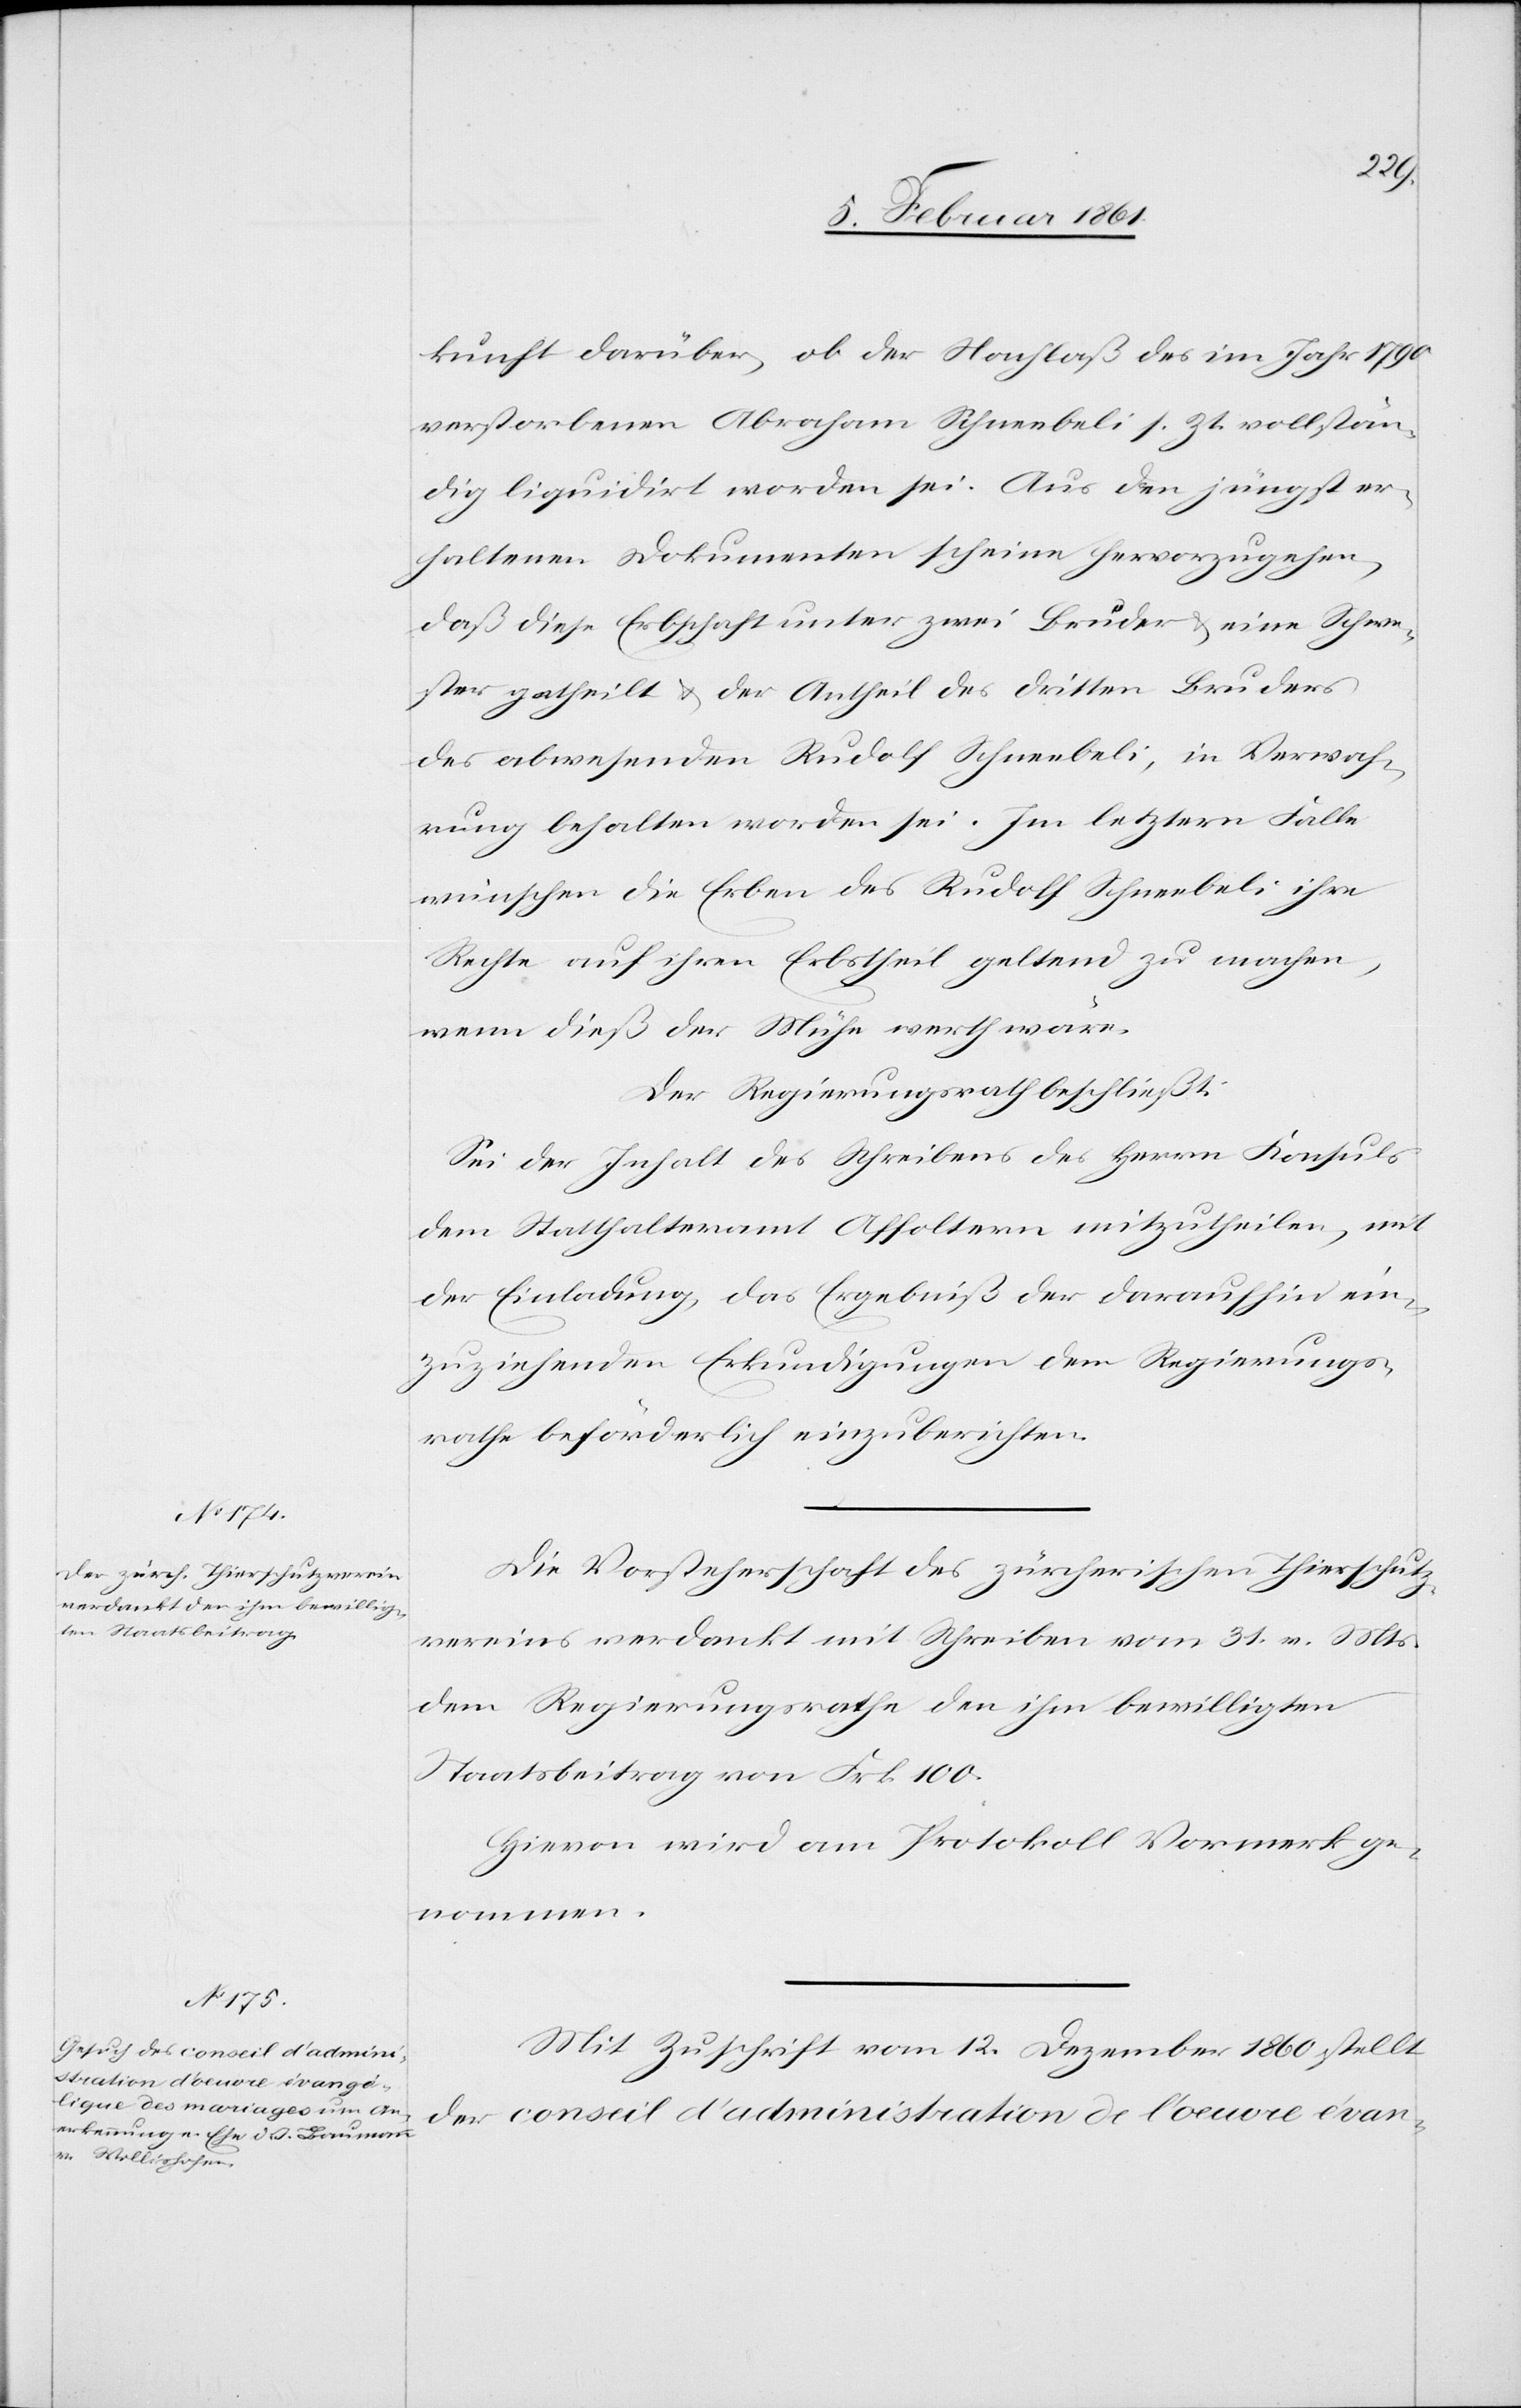
kunft darüber, ob der Nachlaß des im Jahr 1790
verstorbenen Abraham Schneebeli s. Zt. vollstän¬
dig liquidirt worden sei. Aus den jüngst er¬
haltenen Dokumenten scheine hervorzugehen,
daß diese Erbschaft unter zwei Brüder u. eine Schwe¬
ster getheilt u. der Antheil des dritten Bruders
des abwesenden Rudolf Schneebeli, in Verwah¬
rung behalten worden sei. Im letztern Falle
wünschen die Erben des Rudolf Schneebeli ihre
Rechte auf ihren Erbstheil geltend zu machen,
wenn dieß der Mühe werth wäre.
Der Regierungsrath beschließt:
Sei der Inhalt des Schreibens des Herrn Konsuls
dem Statthalteramt Affoltern mitzutheilen, mit
der Einladung, das Ergebniß der daraufhin ein¬
zuziehenden Erkundigungen dem Regierungs¬
rathe beförderlich einzuberichten.
Die Vorsteherschaft des zürcherischen Thierschutz¬
vereins verdankt mit Schreiben vom 31. v. Mts.
dem Regierungsrathe den ihm bewilligten
Staatsbeitrag von Frk. 100.
Hievon wird am Protokoll Vormerk ge¬
nommen.
Mit Zuschrift vom 12. Dezember 1860 stellt
der conseil d’administration de l’oeuvre évan-